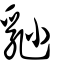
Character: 𡮈